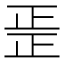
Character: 𱥂